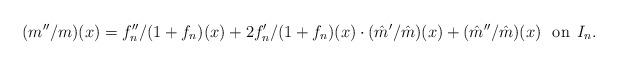
LaTeX: \begin{align*}(m''/m)(x)=f_n''/(1+f_n)(x)+2f_n'/(1+f_n)(x)\cdot(\hat m'/\hat m)(x)+(\hat m''/\hat m)(x)\: \:\:\mbox{on}\:\: I_n.\end{align*}